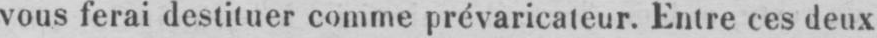
vous ferai destituer comme prévaricateur. Entre ces deux